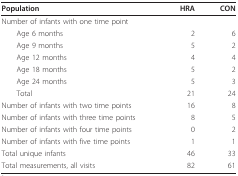
<table><thead><tr><td><b>Population</b></td><td><b>HRA</b></td><td><b>CON</b></td></tr></thead><tbody><tr><td>Number of infants with one time point</td><td></td><td></td></tr><tr><td> Age 6 months</td><td>2</td><td>6</td></tr><tr><td> Age 9 months</td><td>5</td><td>2</td></tr><tr><td> Age 12 months</td><td>4</td><td>4</td></tr><tr><td> Age 18 months</td><td>5</td><td>2</td></tr><tr><td> Age 24 months</td><td>5</td><td>3</td></tr><tr><td> Total</td><td>21</td><td>24</td></tr><tr><td>Number of infants with two time points</td><td>16</td><td>8</td></tr><tr><td>Number of infants with three time points</td><td>8</td><td>5</td></tr><tr><td>Number of infants with four time points</td><td>0</td><td>2</td></tr><tr><td>Number of infants with five time points</td><td>1</td><td>1</td></tr><tr><td>Total unique infants</td><td>46</td><td>33</td></tr><tr><td>Total measurements, all visits</td><td>82</td><td>61</td></tr></tbody></table>